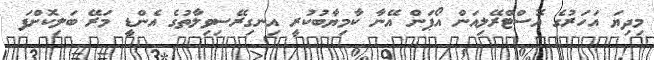
މިދިޔަ އަހަރުގެ އޮސްޓްރޭލިއަން އޯޕަން އޭނާ ކާމިޔާބުކުރީ އިނގިރޭސިވިލާތުގެ އެންޑީ މަރޭ ބަލިކޮށްފަ